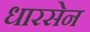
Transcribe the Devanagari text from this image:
धारसेन